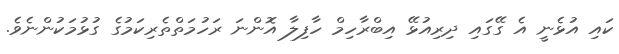
ކައި އުޅެނީ އެ ގޭގައި ދިރިއުޅޭ އިބްރާހިމް ހާފިލާ އޮންނަ ރަހުމަތްތެރިކަމުގެ ގުޅުމަކުންނެވެ.